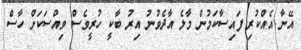
އޭނާ އެއްކުރި ފައިސާކަމުން މާލެ އާދެވުނު އިރު ބާކީ ހުރީވެސް ވިއްސަކަށް ހާސް